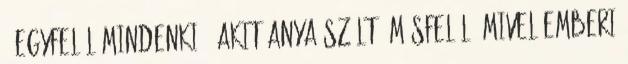
– egyfelől mindenkié, akit anya szült, másfelől, mivel emberi